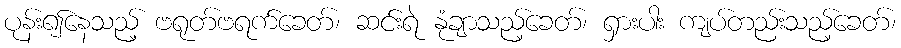
ပုန်း၍နေသည့် ဗရုတ်ဗရက်ခေတ်၊ ဆင်းရဲ နုံချာသည့်ခေတ်၊ ရှားပါး ကျပ်တည်းသည့်ခေတ်၊